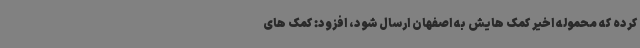
کرده که محموله اخیر کمک هایش به اصفهان ارسال شود، افزود: کمک های